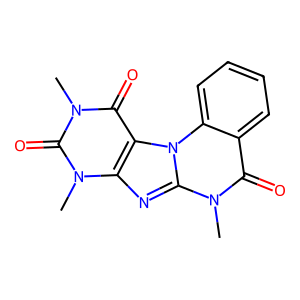
SMILES: Cn1c(=O)c2c(nc3n(C)c(=O)c4ccccc4n23)n(C)c1=O
Inhibits HIV replication: No